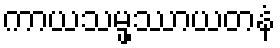
ကာယသမ္ဖဿာယတနံ